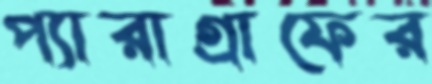
প্যারাগ্রাফের